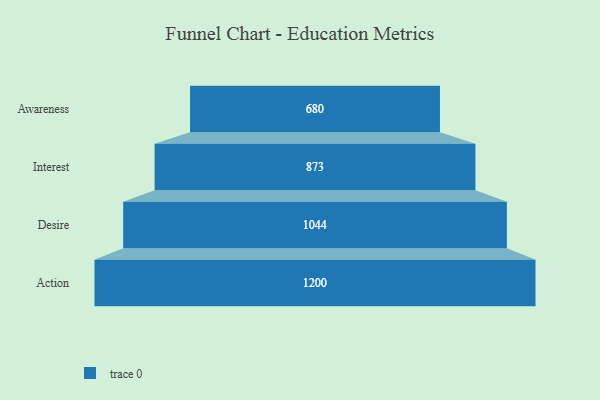
{"axis": {"x": "Stage", "y": "Value"}, "legend": [""], "data": [{"x": "Awareness", "y": 680.0, "type": ""}, {"x": "Interest", "y": 873.0, "type": ""}, {"x": "Desire", "y": 1044.0, "type": ""}, {"x": "Action", "y": 1200.0, "type": ""}]}